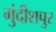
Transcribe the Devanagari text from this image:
गुंदीशपुर